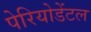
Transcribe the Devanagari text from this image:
पेरियोडेंटल